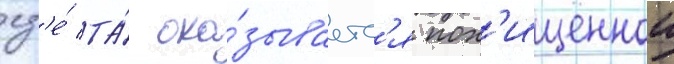
гд'е́ та́ ока́зываетс'я пох'ищеннои